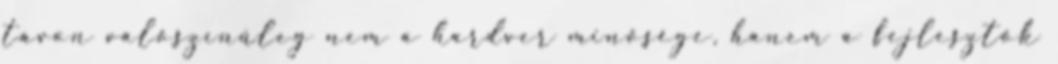
távon valószínűleg nem a hardver minősége, hanem a fejlesztők